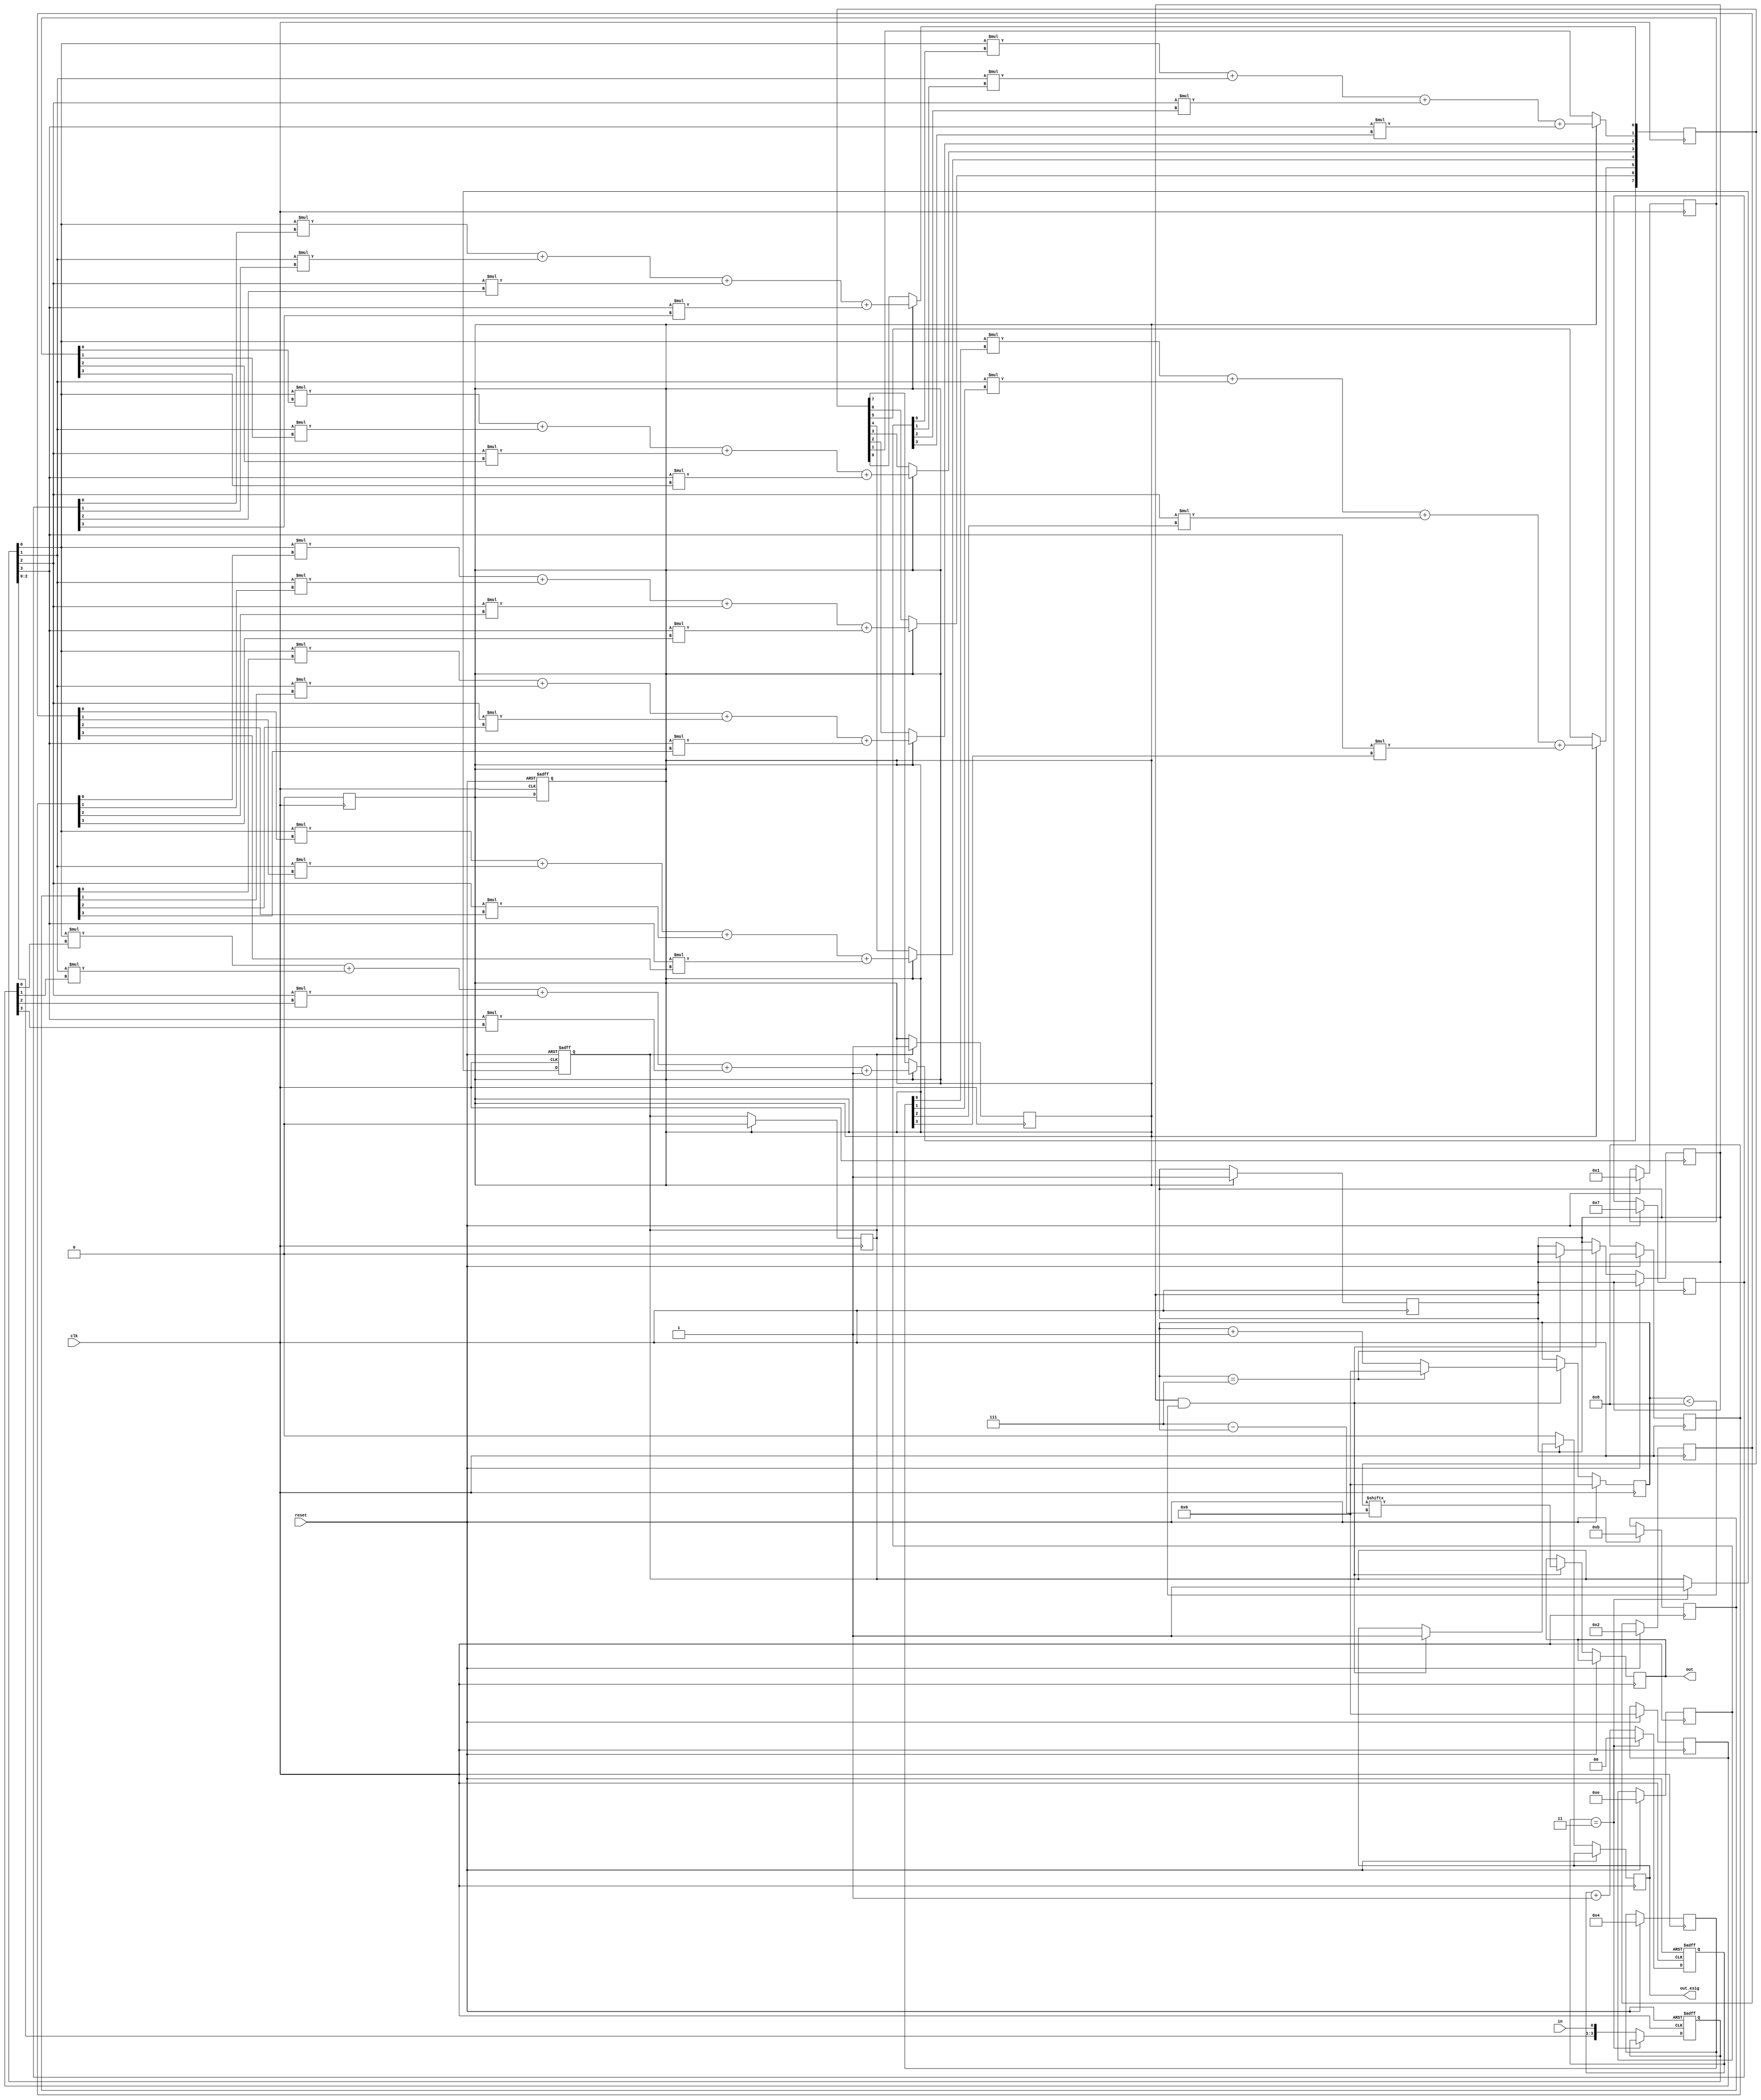
`timescale 1ns / 1ps
module Encoder (clk, reset, in, out, out_esig);
    input in;
    input reset;
    input clk;
    output reg out;
    output reg out_esig;
    
    reg esig;
    reg [3:0] data;
    reg [7:0] out_data;

    reg [1:0] in_count;
    reg [3:0] out_count;
    
    reg sig;
    reg eesig;

    reg [3:0] matrix[0:7];
    
    always @(posedge clk) 
    begin
        if (reset)
        begin
            matrix[7] <= 4'b0000;
            matrix[6] <= 4'b1000;
            matrix[5] <= 4'b0100;
            matrix[4] <= 4'b0010;
            matrix[3] <= 4'b0001;
            matrix[2] <= 4'b1011;
            matrix[1] <= 4'b1110;
            matrix[0] <= 4'b0111;

        end
    end

    always @(posedge clk or posedge reset) 
    if(reset)begin
        data <= 4'b0;
        in_count <= 2'b0;
        sig <= 0;
        eesig <= 0;
    end
    else
    begin
        if (in_count == 2'b11) 
            begin
                in_count <= 2'b00;
                sig <= 1;
            end
        else
            begin
                in_count <= in_count + 1;
                data <= {data[2:0], in};
            end
    end
    
    integer i;
    
    always @(posedge clk)
    begin
    if(sig)
        eesig <= 1;
    end
    

    always @(posedge clk) 
    if (eesig)
    begin
        for (i = 0;i < 8 ;i = i + 1) 
        begin
            if (i == 7)
                out_data[i] <= data[0] * matrix[i][0] + 
                            data[1] * matrix[i][1] +
                            data[2] * matrix[i][2] + 
                            data[3] * matrix[i][3] + 1;
            else
                out_data[i] <= data[0] * matrix[i][0] + 
                            data[1] * matrix[i][1] +
                            data[2] * matrix[i][2] + 
                            data[3] * matrix[i][3];
        end
        esig <= 1;
        sig <= 0;
        eesig <= 0;
    end


    always @(posedge clk) begin
    if(reset)
        out_count <= 0;
    else begin
        if (esig && out_count < 8)
        begin
            out_esig <= 1;
            out <= out_data[7-out_count];
//            out_count <= out_count + 1;
            if(out_count == 7)
            begin
                esig <= 0;
                out_count <= 0;
            end
            else
                out_count <= out_count + 1;
        end
        if(!esig)
            out_esig <= 0;
    end
    end

endmodule